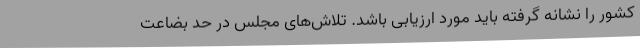
کشور را نشانه گرفته باید مورد ارزیابی باشد. تلاش‌های مجلس در حد بضاعت